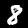
Digit: 8